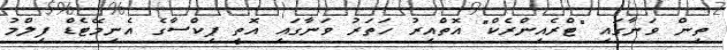
ތިން ވަނާގައި "ޓްރެއިންރެކް" އޮތްއިރު ހަތަރު ވަނާގައި އޮތީ ޕިކްސާގެ އެނިމޭޓެޑް ފިލްމު